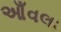
આઁવલા